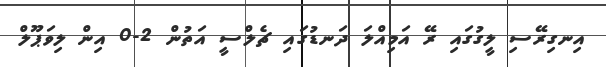
އިނގިރޭސި ލީގުގައި ރޭ އަމިއްލަ ދަނޑުގައި ޗެލްސީ އަތުން 2-0 އިން ލިވަޕޫލް